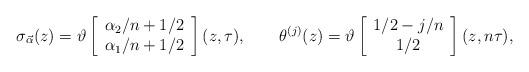
LaTeX: \begin{align*}\sigma_{\vec{\alpha }}(z)=\vartheta\left[\begin{array}{c} \alpha _2 /n +1/2 \\ \alpha _1 /n+1/2\end{array} \right](z,\tau ), ~~~~~~\theta^{(j)}(z)=\vartheta\left[\begin{array}{c} 1/2 - j/n \\ 1/2 \end{array}\right](z,n\tau ),\end{align*}